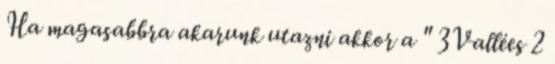
Ha magasabbra akarunk utazni akkor a " 3Vallées 2